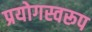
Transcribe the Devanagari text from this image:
प्रयोगस्वरूप